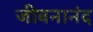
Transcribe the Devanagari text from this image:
जीबनानंद